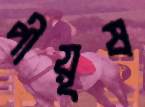
পীয়ূষ